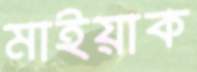
মাইয়াক